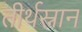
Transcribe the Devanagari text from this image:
तीर्थस्नान